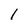
Character: l